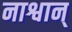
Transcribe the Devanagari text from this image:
नाश्वान्‌